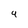
Character: 9